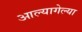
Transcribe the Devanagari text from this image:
आल्यागेल्या